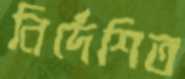
নির্দেশিত